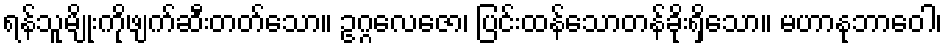
ရန်သူမျိုးကိုဖျက်ဆီးတတ်သော။ ဥဂ္ဂလေဇော၊ ပြင်းထန်သောတန်ခိုးရှိသော။ မဟာနုဘာဝေါ၊